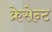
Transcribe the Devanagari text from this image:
क्रेसेन्ट